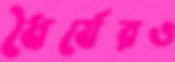
ধৈর্যেরও